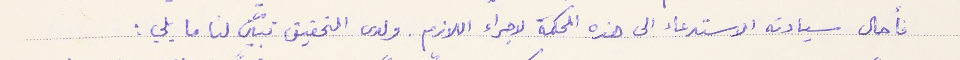
فأحال سيادته الاستدعاء الى هذه المحكمة لاجراء اللازم. ولدى التحقيق تبيّن لنا ما يلي: